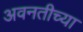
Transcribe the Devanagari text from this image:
अवनतीच्या